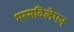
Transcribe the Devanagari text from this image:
भस्मविलेपन